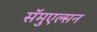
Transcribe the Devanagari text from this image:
सॅमुएल्सन